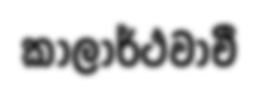
කාලාර්ථවාචී